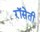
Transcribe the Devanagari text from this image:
रॉसेती